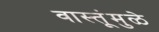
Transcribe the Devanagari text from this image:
वास्तूंमुळे